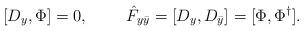
LaTeX: \begin{align*}[D_y,\Phi]=0,~~~~~~~\hat F_{y\bar y}=[D_y,D_{\bar y}]=[\Phi,\Phi^\dagger].\end{align*}